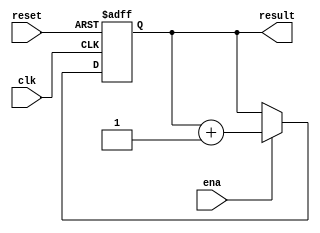
module counter
(
	clk,
	reset,
	result,
	ena
);

	input clk;
	input reset;
	input ena;
	output [7:0] result;

	reg [7:0] result;

	always @(posedge clk or posedge reset)
	begin
		if (reset) 
			result = 0;		
		else if (ena) 
			result = result + 1;
	end
endmodule